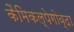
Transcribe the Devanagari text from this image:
कैमिकल्पेगोव्दा